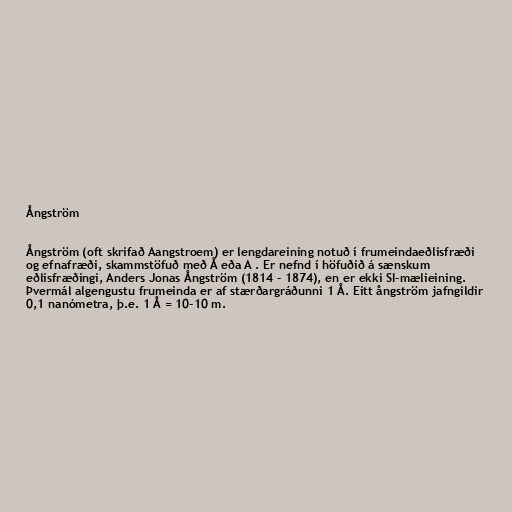
Ångström

Ångström (oft skrifað Aangstroem) er lengdareining notuð í frumeindaeðlisfræði
og efnafræði, skammstöfuð með Å eða A . Er nefnd í höfuðið á sænskum
eðlisfræðingi, Anders Jonas Ångström (1814 - 1874), en er ekki SI-mælieining.
Þvermál algengustu frumeinda er af stærðargráðunni 1 Å. Eitt ångström jafngildir
0,1 nanómetra, þ.e. 1 Å = 10-10 m.